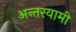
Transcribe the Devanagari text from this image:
अन्‍तरयामी